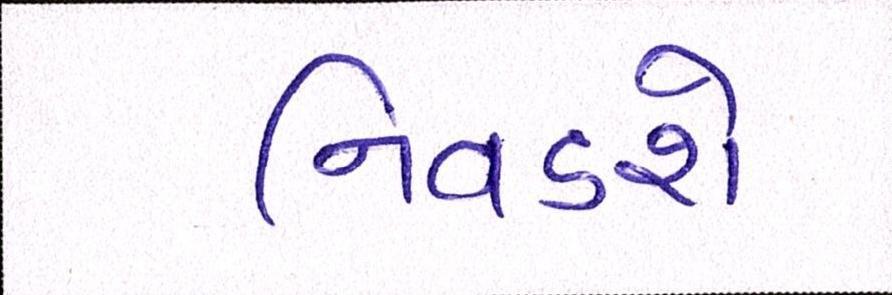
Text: નિવડશે